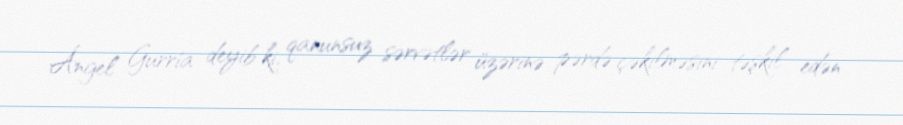
Ángel Gurría deyib ki, qanunsuz sərvətlər üzərinə pərdə çəkilməsini təşkil edən